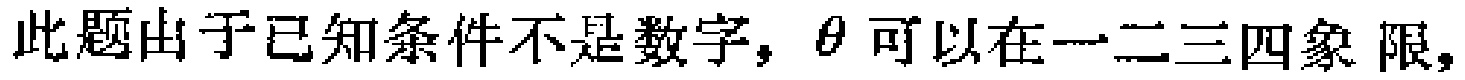
此题由于已知条件不是数字，\(\theta\) 可以在一二三四象 限，